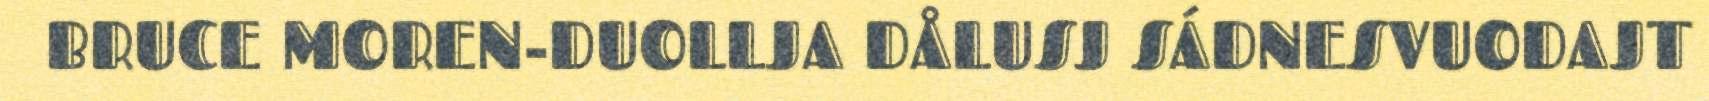
BRUCE MOREN-DUOLLJA DÅLUSJ SÁDNESVUODAJT